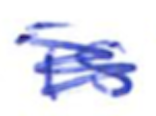
Text: is
Cross-out: scratch
Writing tool: ballpoint